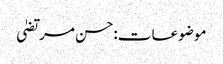
موضوعات:حسن مرتضیٰ